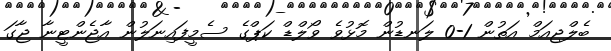
ބެލްޖިއަމް އަތުން 1-0 ލަނޑުން މޮޅުވެ ވޯލްޑް ކަޕްގެ ސެމީފައިނަލުން އާޖެންޓީނާ ޖާގަ